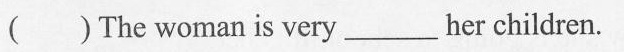
( )The woman is very_her children.